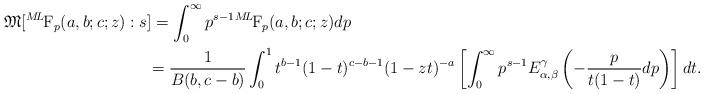
LaTeX: \begin{align*} \mathfrak{M} [{}^{M\!L\!}\textrm{F}_{p}(a,b;c;z):s&]= \int_{0}^{\infty} p^{s-1}{}^{M\!L\!}\textrm{F}_{p}(a,b;c;z) dp & \\ &= \frac{1}{B(b,c-b)}\int_{0}^{1}t^{b-1}(1-t)^{c-b-1}(1-zt)^{-a} \left[\int_{0}^{\infty} p^{s-1}E_{\alpha, \beta}^{\gamma}\left(-\frac{p}{t(1-t)}dp\right)\right]dt.&\end{align*}